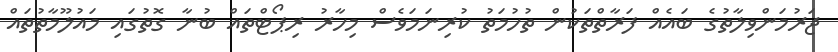
ޖަރުމަންވިލާތުގެ ބައެއް ފަރާތްތަކުން ތުހުމަތު ކުރިނަމަވެސް މިހާރު ރިޕޯޓްތައް ބުނާ ގޮތުގައި މައުލޫމާތުތައް